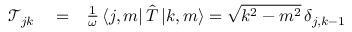
\begin{array} { r l r } { \mathcal { T } _ { j k } } & { { } = } & { \frac { 1 } { \omega } \, \langle j , m | \, { \hat { T } } \, { | k , m \rangle } = \sqrt { k ^ { 2 } - m ^ { 2 } } \, \delta _ { j , k - 1 } } \end{array}